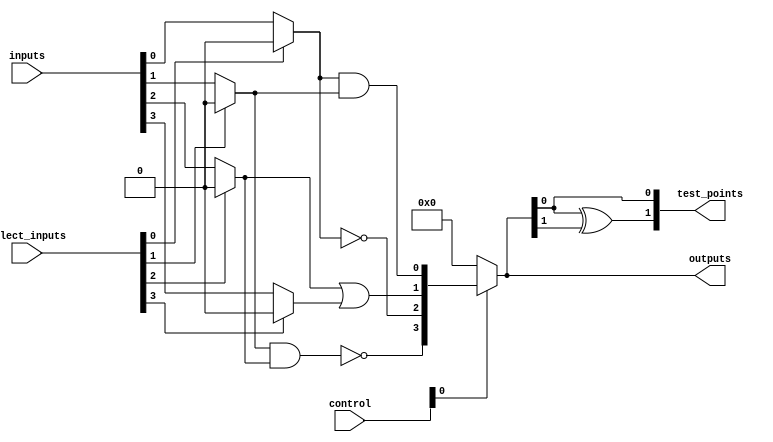
module combinational_logic_block (
    input wire [N-1:0] inputs,            // N input signals
    input wire [M-1:0] select_inputs,     // M select lines for multiplexers
    input wire [C-1:0] control,            // Control signals for configuration
    output wire [P-1:0] outputs,           // P output signals
    output wire [Q-1:0] test_points        // Q test points for diagnostics
);

parameter N = 8; // Number of inputs
parameter M = 4; // Number of multiplexers
parameter P = 4; // Number of outputs
parameter C = 4; // Number of control signals
parameter Q = 2; // Number of test points

// Input multiplexers
wire [M-1:0] mux_out;
genvar i;
generate
    for (i = 0; i < M; i = i + 1) begin : mux
        assign mux_out[i] = (select_inputs[i] == 1'b0) ? inputs[i] : 1'b0; // Simple 2-to-1 MUX
    end
endgenerate

// Logic gates (AND, OR, NOT, etc.)
wire [P-1:0] logic_out;
assign logic_out[0] = mux_out[0] & mux_out[1]; // AND gate
assign logic_out[1] = mux_out[2] | mux_out[3]; // OR gate
assign logic_out[2] = ~mux_out[0];              // NOT gate
assign logic_out[3] = ~(mux_out[1] & mux_out[2]); // NAND gate

// Programmable interconnect
assign outputs = (control[0]) ? logic_out : 4'b0000; // Simple control logic for output selection

// Feedback paths (optional)
wire feedback;
assign feedback = outputs[0] ^ outputs[1]; // Example feedback logic

// Configuration memory (simplified)
reg [N-1:0] config_memory;
always @(posedge control[1]) begin
    config_memory <= inputs; // Store inputs in configuration memory
end

// Static timing analysis features (not implemented in detail)
wire timing_check;
assign timing_check = (outputs[0] & outputs[1]) | feedback; // Example timing check

// Power management (simplified)
wire power_management;
assign power_management = (outputs == 4'b0000) ? 1'b0 : 1'b1; // Power down when no output

// Testing and diagnostics
assign test_points[0] = outputs[0]; // Test point for output 0
assign test_points[1] = feedback;     // Test point for feedback

endmodule